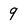
Character: 9